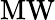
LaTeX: \mathrm{MW}